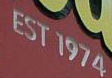
EST 1974